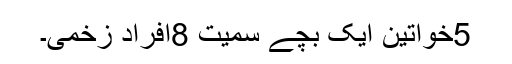
5خواتین ایک بچے سمیت 8افراد زخمی۔